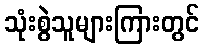
သုံးစွဲသူများကြားတွင်